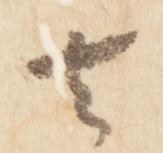
去